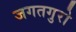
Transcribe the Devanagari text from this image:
जगतगुरो